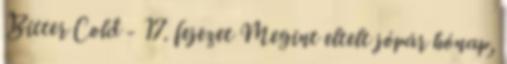
Bitter Cold - 17. fejezet Megint eltelt jópár hónap,